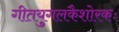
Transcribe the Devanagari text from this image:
गीतयुगलकैशोरकः